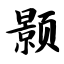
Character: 颢